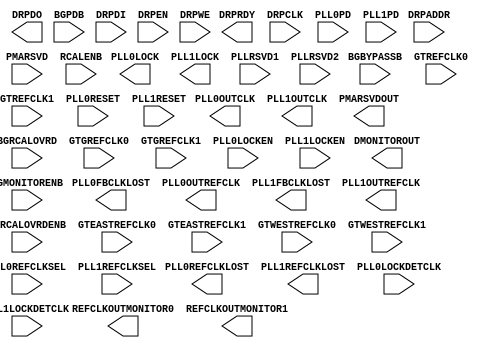
///////////////////////////////////////////////////////
//  Copyright (c) 2012 Xilinx Inc.
//  All Right Reserved.
///////////////////////////////////////////////////////
//
//   ____   ___
//  /   /\/   / 
// /___/  \  /     Vendor      : Xilinx 
// \  \    \/      Version : 13.1
//  \  \           Description : 
//  /  /                      
// /__/   /\       Filename    : GTPE2_COMMON.v
// \  \  /  \ 
//  \__\/\__ \                    
//                                 
//  Revision:		1.0
// 06/02/11 - Initial version
// 09/27/11 - 626008 - YML updated
// 10/24/11 - 630158 - Add message
// 01/04/12 - 640449 - YML update
// 02/01/12 - 641156 - complete GTPE2 wrapper
// 11/14/12 - 686589 - GTPE2 YML update
/////////////////////////////////////////////////////////

`timescale 1 ps / 1 ps 

module GTPE2_COMMON (
  DMONITOROUT,
  DRPDO,
  DRPRDY,
  PLL0FBCLKLOST,
  PLL0LOCK,
  PLL0OUTCLK,
  PLL0OUTREFCLK,
  PLL0REFCLKLOST,
  PLL1FBCLKLOST,
  PLL1LOCK,
  PLL1OUTCLK,
  PLL1OUTREFCLK,
  PLL1REFCLKLOST,
  PMARSVDOUT,
  REFCLKOUTMONITOR0,
  REFCLKOUTMONITOR1,

  BGBYPASSB,
  BGMONITORENB,
  BGPDB,
  BGRCALOVRD,
  BGRCALOVRDENB,
  DRPADDR,
  DRPCLK,
  DRPDI,
  DRPEN,
  DRPWE,
  GTEASTREFCLK0,
  GTEASTREFCLK1,
  GTGREFCLK0,
  GTGREFCLK1,
  GTREFCLK0,
  GTREFCLK1,
  GTWESTREFCLK0,
  GTWESTREFCLK1,
  PLL0LOCKDETCLK,
  PLL0LOCKEN,
  PLL0PD,
  PLL0REFCLKSEL,
  PLL0RESET,
  PLL1LOCKDETCLK,
  PLL1LOCKEN,
  PLL1PD,
  PLL1REFCLKSEL,
  PLL1RESET,
  PLLRSVD1,
  PLLRSVD2,
  PMARSVD,
  RCALENB
);

  parameter [63:0] BIAS_CFG = 64'h0000000000000000;
  parameter [31:0] COMMON_CFG = 32'h00000000;
  parameter [26:0] PLL0_CFG = 27'h01F03DC;
  parameter [0:0] PLL0_DMON_CFG = 1'b0;
  parameter integer PLL0_FBDIV = 4;
  parameter integer PLL0_FBDIV_45 = 5;
  parameter [23:0] PLL0_INIT_CFG = 24'h00001E;
  parameter [8:0] PLL0_LOCK_CFG = 9'h1E8;
  parameter integer PLL0_REFCLK_DIV = 1;
  parameter [26:0] PLL1_CFG = 27'h01F03DC;
  parameter [0:0] PLL1_DMON_CFG = 1'b0;
  parameter integer PLL1_FBDIV = 4;
  parameter integer PLL1_FBDIV_45 = 5;
  parameter [23:0] PLL1_INIT_CFG = 24'h00001E;
  parameter [8:0] PLL1_LOCK_CFG = 9'h1E8;
  parameter integer PLL1_REFCLK_DIV = 1;
  parameter [7:0] PLL_CLKOUT_CFG = 8'b00000000;
  parameter [15:0] RSVD_ATTR0 = 16'h0000;
  parameter [15:0] RSVD_ATTR1 = 16'h0000;
  parameter [2:0] SIM_PLL0REFCLK_SEL = 3'b001;
  parameter [2:0] SIM_PLL1REFCLK_SEL = 3'b001;
  parameter SIM_RESET_SPEEDUP = "TRUE";
  parameter SIM_VERSION = "1.0";
  

  output DRPRDY;
  output PLL0FBCLKLOST;
  output PLL0LOCK;
  output PLL0OUTCLK;
  output PLL0OUTREFCLK;
  output PLL0REFCLKLOST;
  output PLL1FBCLKLOST;
  output PLL1LOCK;
  output PLL1OUTCLK;
  output PLL1OUTREFCLK;
  output PLL1REFCLKLOST;
  output REFCLKOUTMONITOR0;
  output REFCLKOUTMONITOR1;
  output [15:0] DRPDO;
  output [15:0] PMARSVDOUT;
  output [7:0] DMONITOROUT;

  input BGBYPASSB;
  input BGMONITORENB;
  input BGPDB;
  input BGRCALOVRDENB;
  input DRPCLK;
  input DRPEN;
  input DRPWE;
  input GTEASTREFCLK0;
  input GTEASTREFCLK1;
  input GTGREFCLK0;
  input GTGREFCLK1;
  input GTREFCLK0;
  input GTREFCLK1;
  input GTWESTREFCLK0;
  input GTWESTREFCLK1;
  input PLL0LOCKDETCLK;
  input PLL0LOCKEN;
  input PLL0PD;
  input PLL0RESET;
  input PLL1LOCKDETCLK;
  input PLL1LOCKEN;
  input PLL1PD;
  input PLL1RESET;
  input RCALENB;
  input [15:0] DRPDI;
  input [15:0] PLLRSVD1;
  input [2:0] PLL0REFCLKSEL;
  input [2:0] PLL1REFCLKSEL;
  input [4:0] BGRCALOVRD;
  input [4:0] PLLRSVD2;
  input [7:0] DRPADDR;
  input [7:0] PMARSVD;

endmodule